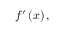
f ^ { \prime } \left( x \right) ,